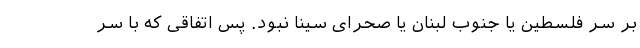
بر سر فلسطین یا جنوب لبنان یا صحرای سینا نبود. پس اتفاقی که با سر